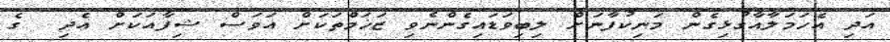
އަދި އެހަމަލާއާގުޅިގެން މަނިކުފާނަށް ލިބިވަޑައިގެންނެވި ޒަޚަމްތަކަށް އަވަސް ޝިފާއަކަށް އެދި  ގެ